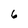
Character: 6